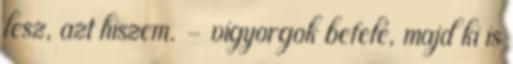
lesz, azt hiszem. – vigyorgok befelé, majd ki is